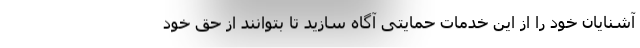
آشنایان خود را از این خدمات حمایتی آگاه سازید تا بتوانند از حق خود